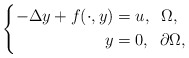
\begin{align*}\left \{\begin{aligned}-\Delta y + f(\cdot, y)&=u, \;\; \Omega,\\y&=0, \;\; \partial \Omega,\end{aligned}\right. \end{align*}